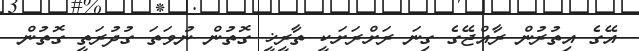
އޭގެ އިތުރުން ރާއްޖޭގެ ގިނަ ރަށްރަށަކީ ތާރީޚީ ގޮތުން ނުވަތަ ގުދުރަތީ ގޮތުން